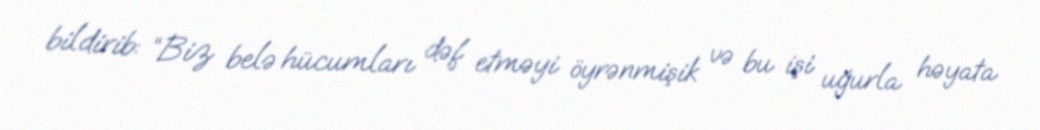
bildirib: “Biz belə hücumları dəf etməyi öyrənmişik və bu işi uğurla həyata